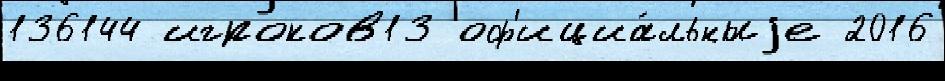
136144 игроков13 оф'ициа́льныjе 2016